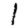
Digit: 1